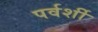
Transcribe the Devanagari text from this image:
पर्वर्शी